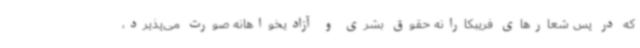
که در پس شعارهای فریبکارانه حقوق بشری و آزادیخواهانه صورت می‌پذیرد،